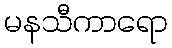
မနသီကာရော